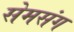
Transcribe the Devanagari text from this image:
सेमसंग